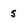
Character: s